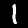
Label: 1